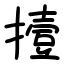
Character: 撎